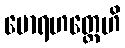
မောရဟတ္ထေဟိ